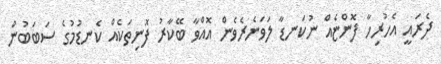
ދެރައީ އެހުރިހާ ފޮންޏެއް ނުކަނޑާ ލަވަނެރެވެން އޮއްވާ ބޭކާރު ފޮނިތަކެއް ކެނޑުމުގެ ސަބަބުން